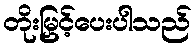
တိုးမြှင့်ပေးပါသည်